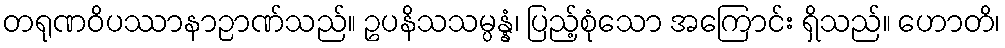
တရုဏဝိပဿာနာဉာဏ်သည်။ ဥပနိသသမ္ပန္နံ၊ ပြည့်စုံသော အကြောင်း ရှိသည်။ ဟောတိ၊